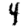
Digit: 4